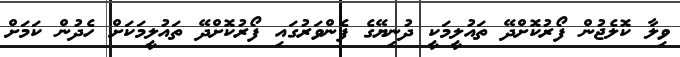
ވިލާ ކޮލެޖުން ފޯރުކޮށްދޭ ތައުލީމަކީ ދުނިޔޭގެ ފެންވަރުގައި ފޯރުކޮށްދޭ ތައުލީމަކަށް ހެދުން ކަމަށް